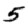
Digit: 5